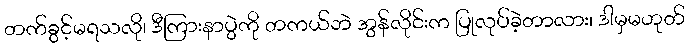
တက်ခွင့်မရသလို၊ ဒီကြားနာပွဲကို တကယ်ဘဲ အွန်လိုင်းက ပြုလုပ်ခဲ့တာလား၊ ဒါမှမဟုတ်